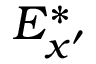
E _ { x ^ { \prime } } ^ { * }